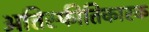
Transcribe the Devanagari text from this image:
अतिस्फीतिकारक